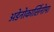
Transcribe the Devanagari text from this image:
अडेनोकार्सिनोमा